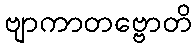
ဗျာကာတဗ္ဗောတိ